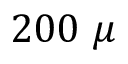
2 0 0 ~ \mu